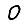
Digit: 0